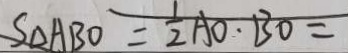
S _ { \Delta } A B O = \frac { 1 } { 2 } A O \cdot B O =